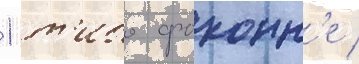
1 т'ибо фоконн'е /